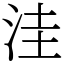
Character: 洼